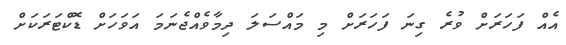
އެއް ފަހަރަށް ވުރެ ގިނަ ފަހަރަށް މި މައްސަލަ ދިމާވެއްޖެނަމަ އަވަަހަށް ޑޮކްޓަރަކަށް